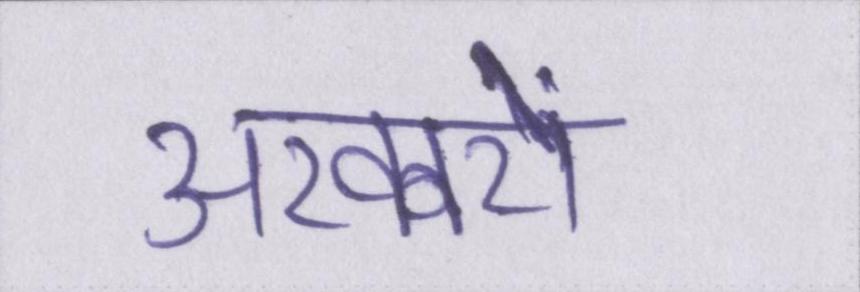
अखबरों